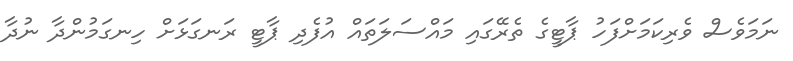
ނަމަވެސް ވެރިކަމަށްފަހު ޕާޓީގެ ތެރޭގައި މައްސަލަތައް އުފެދި ޕާޓީ ރަނގަޅަށް ހިނގަމުންދާ ނުދާ